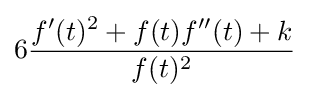
6{\frac {f'(t)^{2}+f(t)f''(t)+k}{f(t)^{2}}}